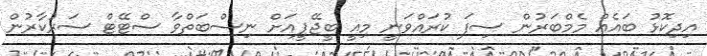
އިދިކޮޅު ބައެއް މެމްބަރުން ސިފަ ކުރައްވަނީ މިއީ ބީޖޭޕީއަށް ނިސްބަތްވާ ސްޓޭޓް ސަރުކާރުން